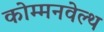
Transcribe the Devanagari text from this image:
कोम्मनवेल्थ